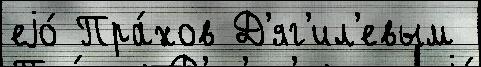
еjо́ Пра́хов Д'яг'ил'евым